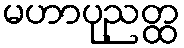
မဟာပုညတ္ထ